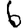
Digit: 6